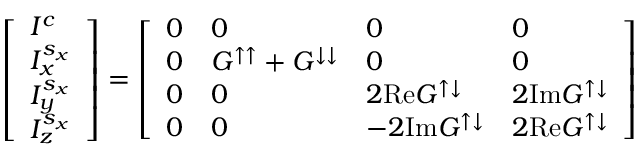
\left[ \begin{array} { l } { I ^ { c } } \\ { I _ { x } ^ { s _ { x } } } \\ { I _ { y } ^ { s _ { x } } } \\ { I _ { z } ^ { s _ { x } } } \end{array} \right] = \left[ \begin{array} { l l l l } { 0 } & { 0 } & { 0 } & { 0 } \\ { 0 } & { G ^ { \uparrow \uparrow } + G ^ { \downarrow \downarrow } } & { 0 } & { 0 } \\ { 0 } & { 0 } & { 2 \mathrm { R e } G ^ { \uparrow \downarrow } } & { 2 \mathrm { I m } G ^ { \uparrow \downarrow } } \\ { 0 } & { 0 } & { - 2 \mathrm { I m } G ^ { \uparrow \downarrow } } & { 2 \mathrm { R e } G ^ { \uparrow \downarrow } } \end{array} \right]